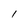
Character: I